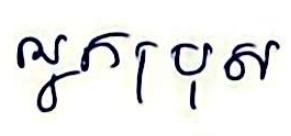
អ្នកប្រុស